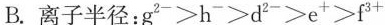
B.离子半径：g^{2-}-≥h->d^{2}-≥e^{+}≥f^{3+}